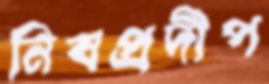
নিষপ্রদীপ